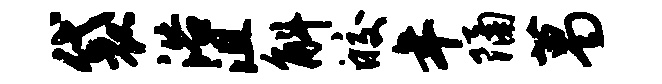
袋浴沮斛皎年隔葛